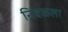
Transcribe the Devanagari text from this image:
निवळला